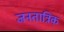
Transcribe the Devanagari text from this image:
जनतात्रिक